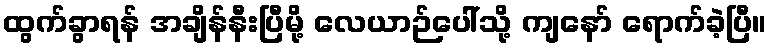
ထွက်ခွာရန် အချိန်နီးပြီမို့ လေယာဉ်ပေါ်သို့ ကျနော် ရောက်ခဲ့ပြီ။